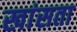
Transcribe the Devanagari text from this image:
खांसता